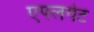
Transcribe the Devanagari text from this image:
एपलगेट